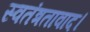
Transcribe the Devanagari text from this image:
स्वतंत्रतावाद।